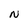
Character: N